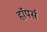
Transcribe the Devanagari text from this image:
हॉपर्स